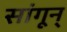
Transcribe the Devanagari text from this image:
सांगून्